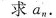
求a。